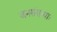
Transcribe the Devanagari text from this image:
जनसंख्याः